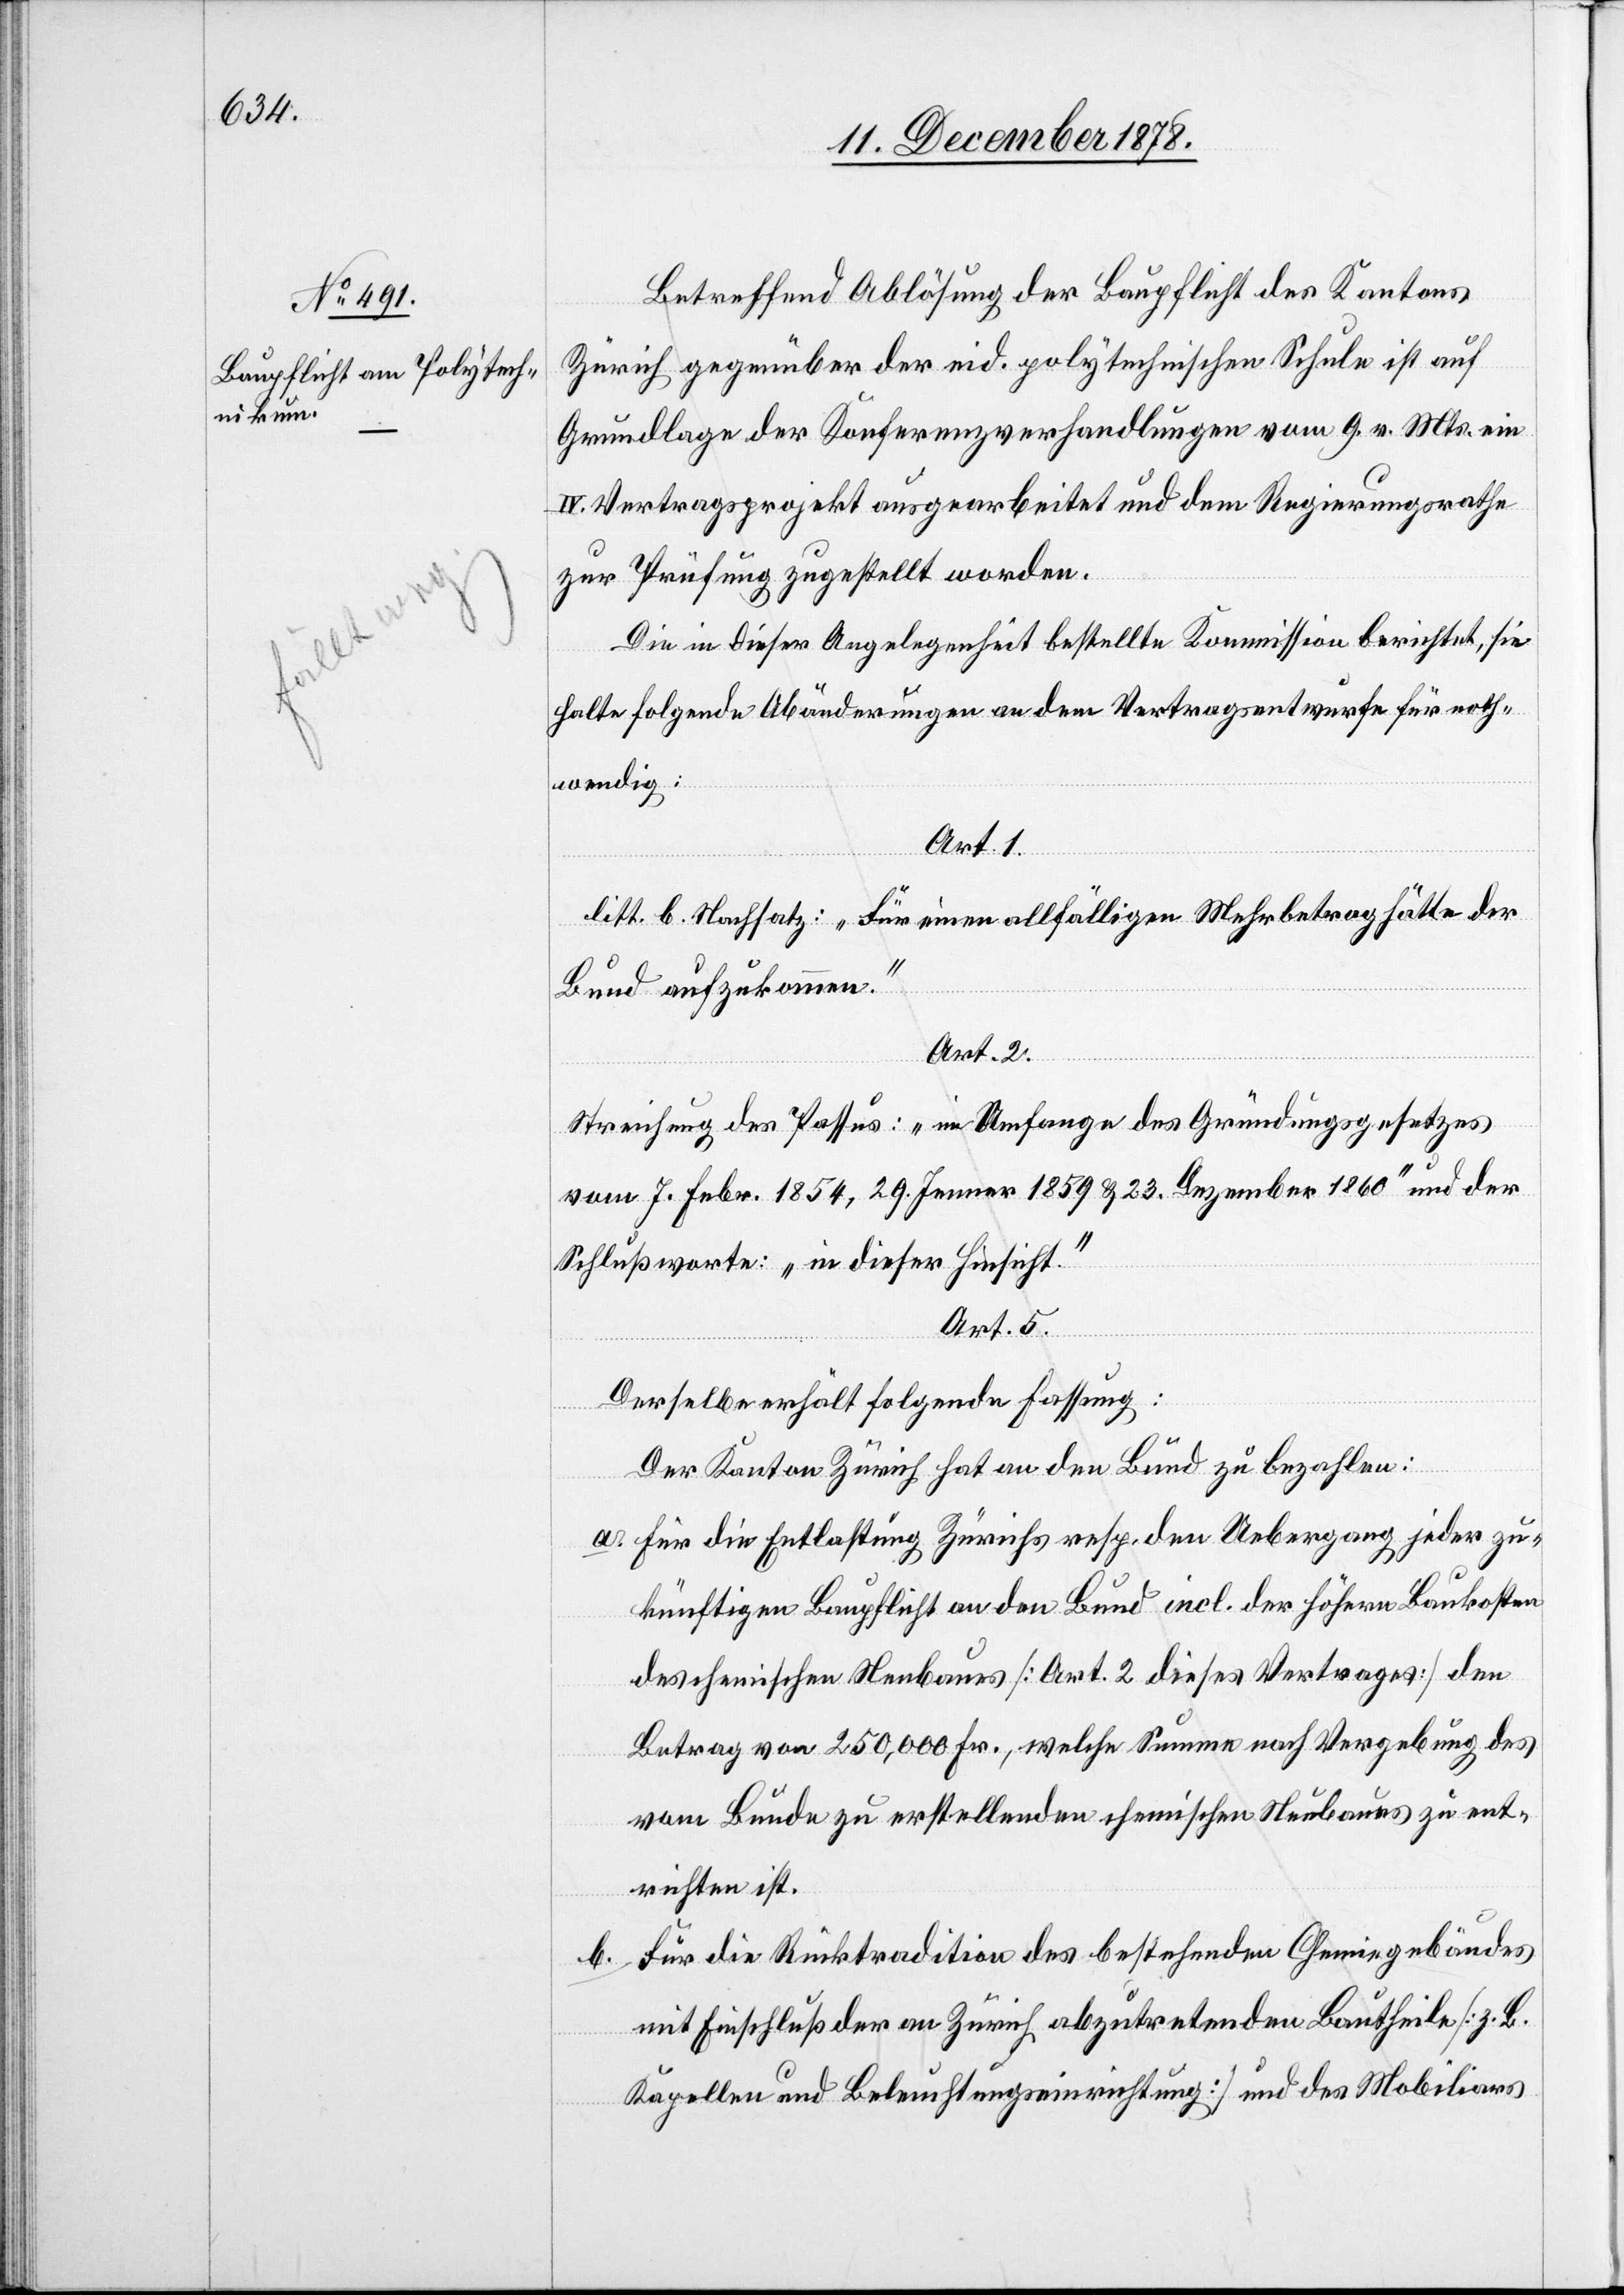
Betreffend Ablösung der Baupflicht des Kantons
Zürich gegenüber der eid. polytechnischen Schule ist auf
Grundlage der Konferenzverhandlungen vom 9. v. Mts. ein
IV. Vertragsprojekt ausgearbeitet und dem Regierungsrathe
zur Prüfung zugestellt worden.
Die in dieser Angelegenheit bestellte Kommission berichtet, sie
halte folgende Abänderungen an den Vertragsentwurfe für noth¬
wendig:
Art. 1.
litt. b. Nachsatz: „Für einen allfälligen Mehrbetrag hätte der
Bund aufzukommen.“
Art. 2.
Streichung des Passus: „im Umfange des Gründungsgesetzes
vom 7. Febr. 1854, 29. Jenner 1859 & 23. Dezember 1860“ und der
Schlussworte „in dieser Hinsicht“.
Art. 5
Derselbe erhält folgende Fassung:
Der Kanton Zürich hat an den Bund zu bezahlen:
für die Entlassung Zürichs resp. den Uebergang jeder zu¬
künftigen Baupflicht an den Bund incl. der höhern Baukosten
des chemischen Neubaues [Art. 2 dieses Vortrages] den
Betrag von 250,000 Fr., welche Summe nach Vergebung des
vom Bunde zu erstellenden chemischen Neubaues zu ent¬
richten ist.
Für die Rücktradition des bestehenden Chemiegebäudes
mit Einschluß der an Zürich abzutretenden Bautheile [z. B.
Kapellen und Beleuchtungseinrichtung] und des Mobiliars